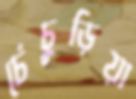
চেঁচুড়িয়া